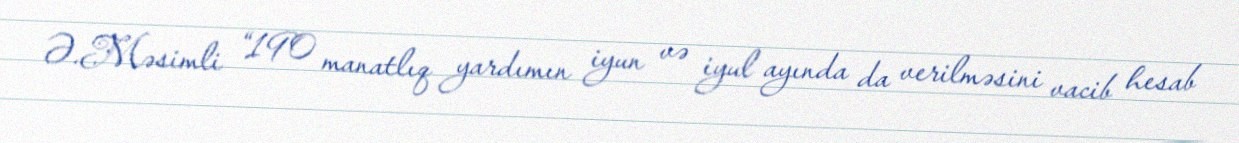
Ə.Məsimli “190 manatlıq yardımın iyun və iyul ayında da verilməsini vacib hesab